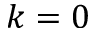
k = 0